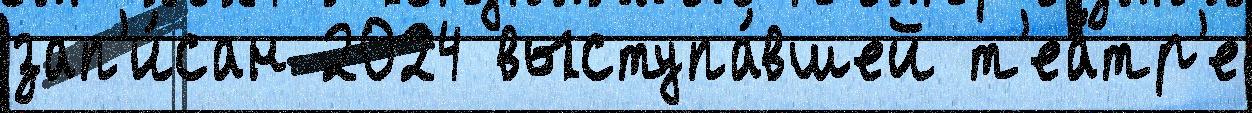
зап'и́сан 2024 выступа́вшей т'еа́тр'е